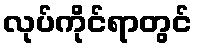
လုပ်ကိုင်ရာတွင်